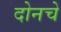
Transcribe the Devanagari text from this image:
दोनचे